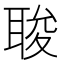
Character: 𮋰